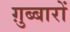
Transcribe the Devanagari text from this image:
ग़ुब्बारों